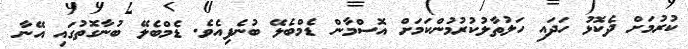
ކުރުމަށް ދެކޮޅު ހަދައި ހަލުތާލުކުރުމުންކަމަށް އޮސްމާން ޑެމްބެލޭ ބުނެފިއެވެ. ޑެމްބެލޭ ބުނާގޮތުގައި އޭނާ